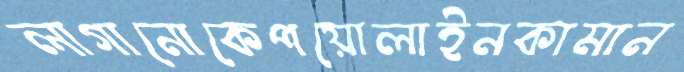
লাগানোকেপয়োলাইনকামান